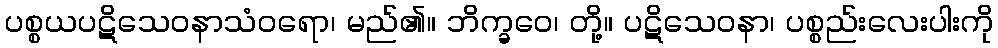
ပစ္စယပဋိသေဝနာသံဝရော၊ မည်၏။ ဘိက္ခဝေ၊ တို့။ ပဋိသေဝနာ၊ ပစ္စည်းလေးပါးကို